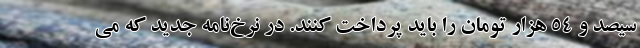
سیصد و ۵۴ هزار تومان را باید پرداخت کنند. در نرخ‌نامه جدید که می